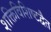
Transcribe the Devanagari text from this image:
शक्तिविशिष्टद्वैत